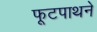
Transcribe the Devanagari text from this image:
फूटपाथने